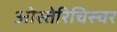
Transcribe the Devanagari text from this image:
ओस्तेरिचिस्चर